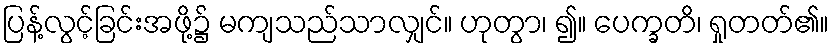
ပြန့်လွင့်ခြင်းအဖို့၌ မကျသည်သာလျှင်။ ဟုတွာ၊ ၍။ ပေက္ခတိ၊ ရှုတတ်၏။